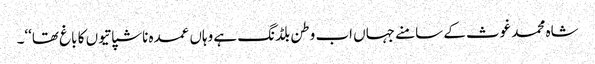
شاہ محمد غوث کے سامنے جہاں اب وطن بلڈنگ ہے وہاں عمدہ ناشپاتیوں کا باغ تھا‘‘۔